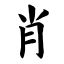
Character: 肖